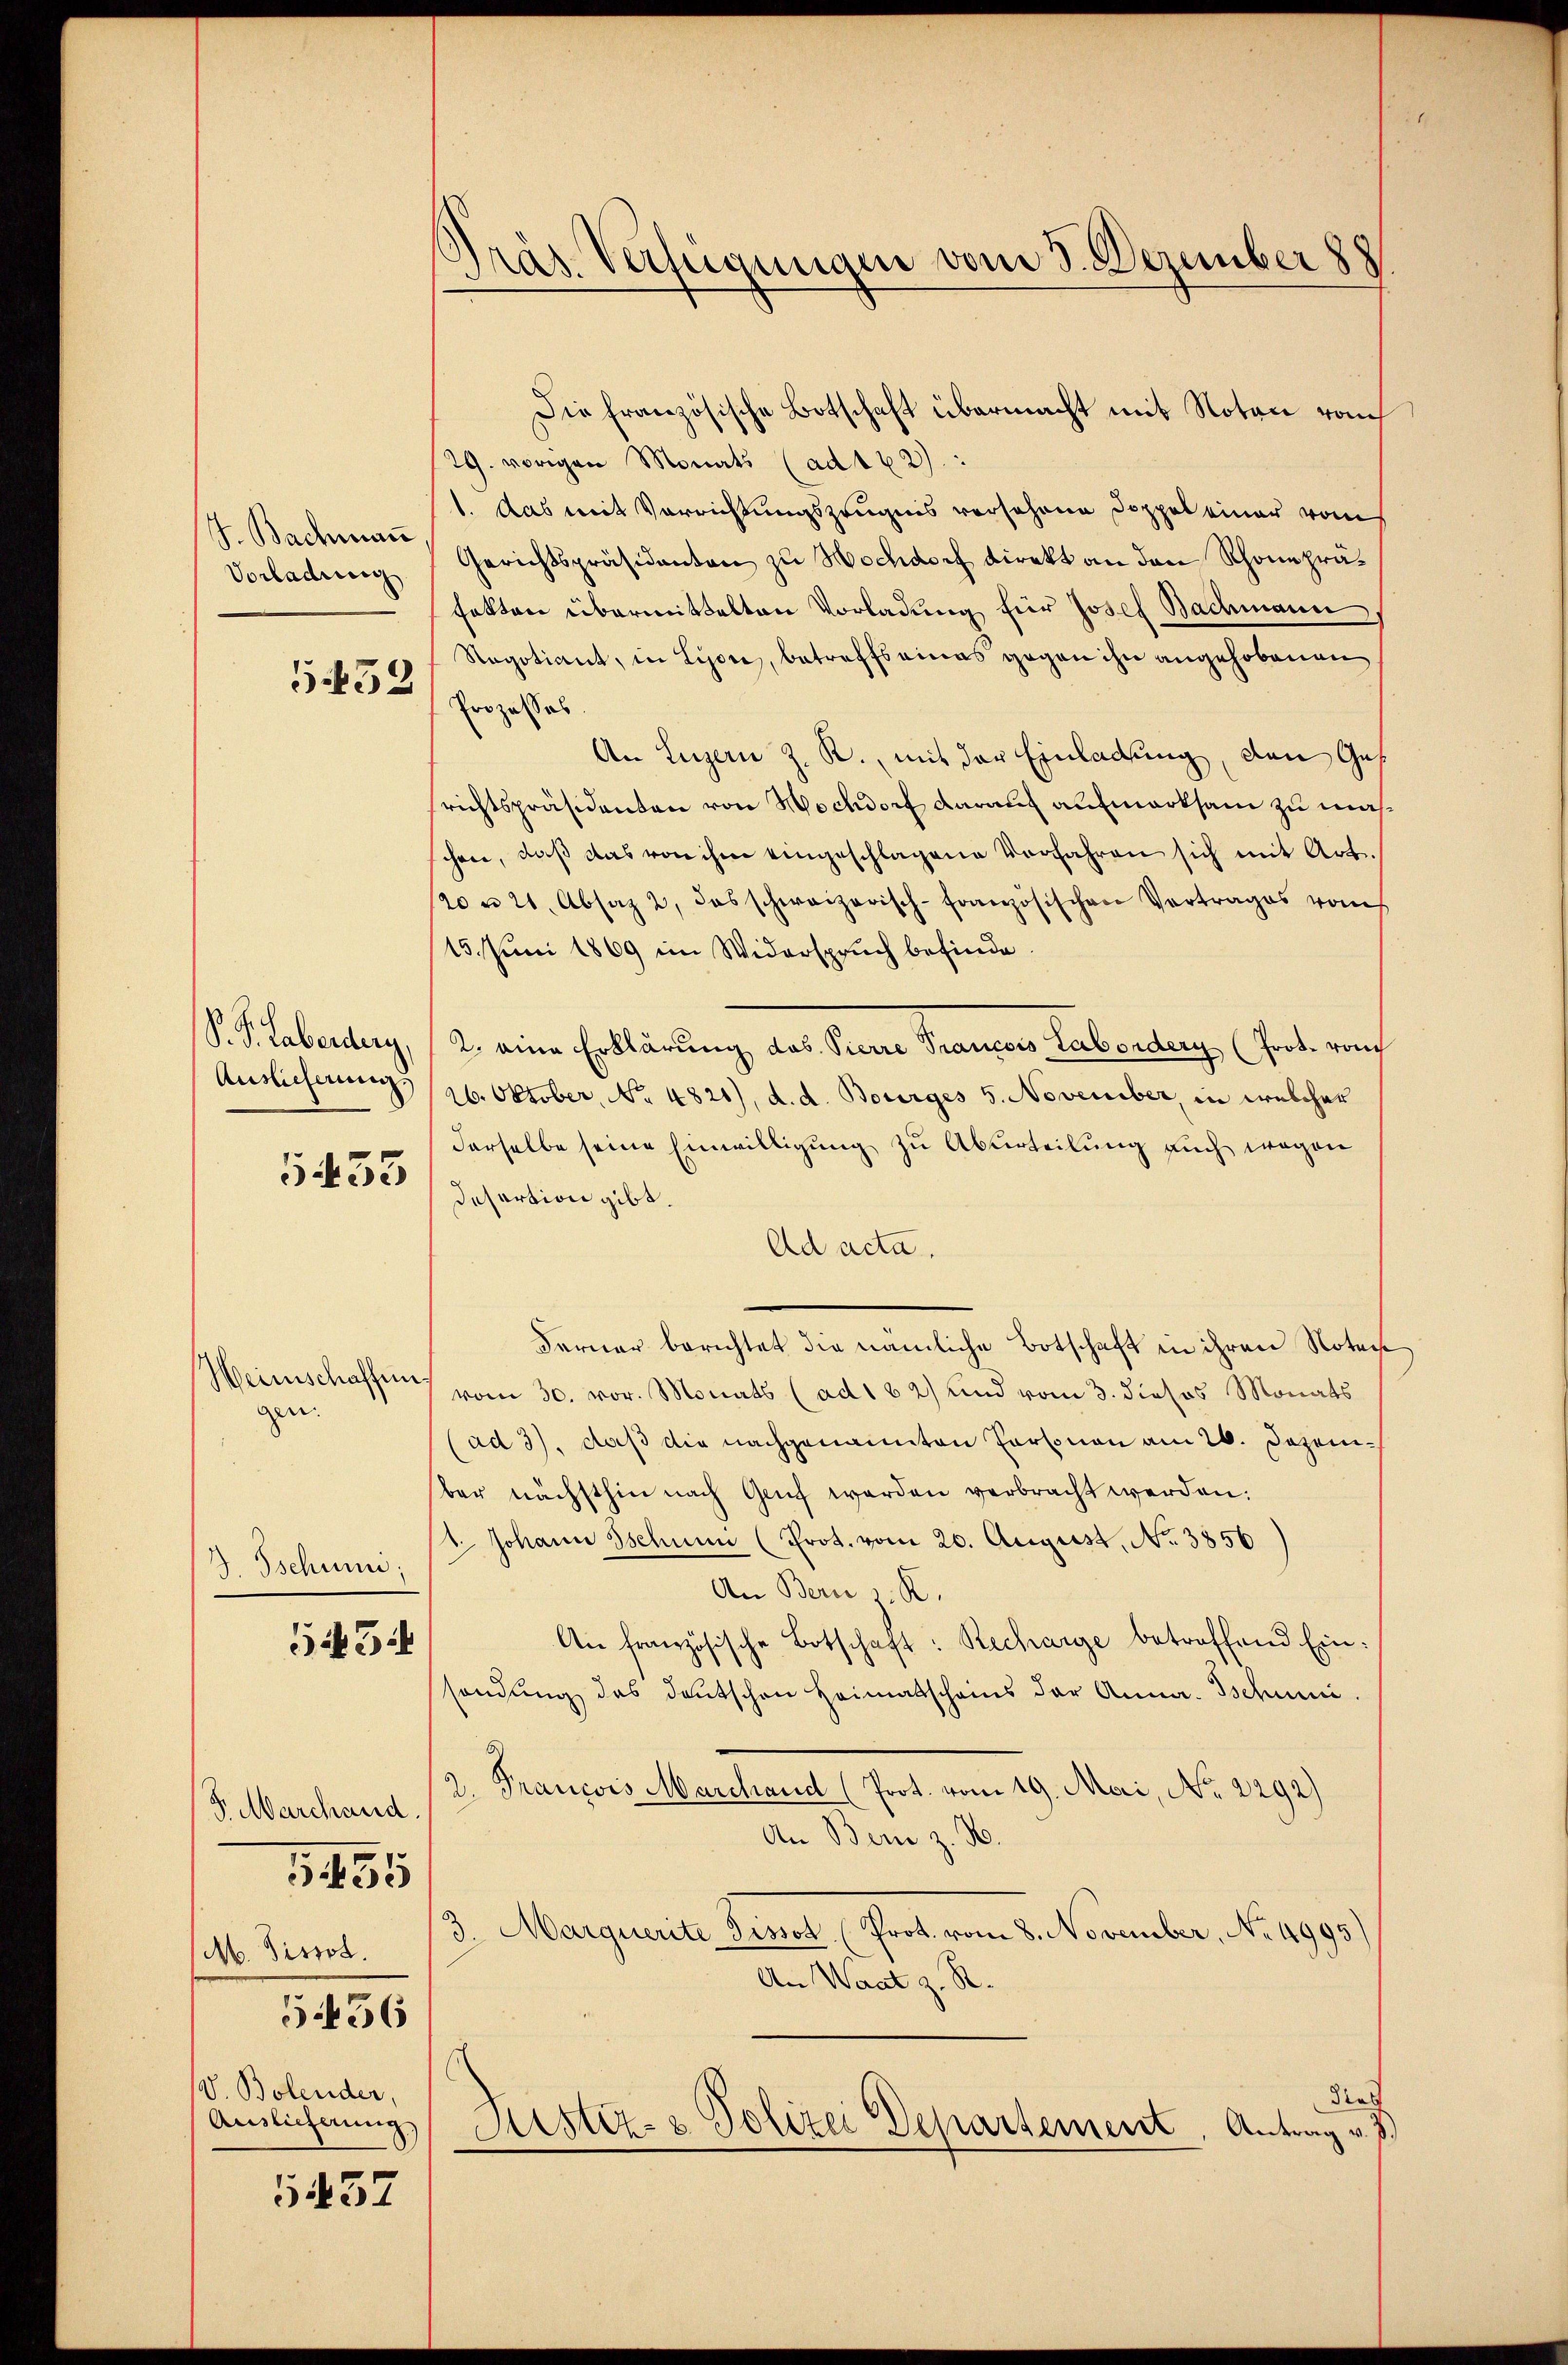
J. Bachman
Vorladung
5452

P. P. Laberberg,
Auslicherung,

5433

Weinschaffen
gen. |

J. Tschien,

543:

S. Marchand
M. Pissol.
5456
V. Bolender,
Auslieferung

3455

5437

Präs. Verfügungen vom 3. Dezember 188

29. vorigen Monats (ad 162):
1. Das mit Verrichtungszeugnis versehene Doppel einer vom
Gerichtspräsidanten zu Hochdorf direkt an den Schonepräfekten übermittelten Vorladung für Josef Bachmann
Regotiant, in Liore, betreffsainas gegen ihn angehobenen
Prozesses
An Luzern z. R., mit der Einladung, den Ges
richtspräsidenten von Hochdorf darauf aufmerksam zu maschen, daβ das von ihm eingeschlagene Verfahren sich mit Art.
20 n 21. Absaz 2, das schweizerisch-Französischen Vertrages vom
15. Juni 1869 im Widerspruch befinde.
2. eine Erklärung das Vierre Trancois Labordern (Prot. von
26. Oktober, No. 4821), d. d. Bourges 5. November, in welcher
derselbe seine Einwilligung zu Aburteilung auch wegen
Desartion gibt.
Ad acta.
Ferner berichtet die nämliche Botschaft in ihren Noter
7 vom 30. vor. Monats (ad1 32) und vom 3. dieses Monats
(ad 3), daß die nachgenannten Personen am 26. Dezember nächsthin nach Genf werden verbracht werden.
1. Johann Sschnen (Prot. vom 20. August, No 3856
An Bern z. R.
An französische Botschaft: Recharge betreffend Einsendung das deutschen Heimatscheins der Anna. Tschun
2. Francois Marchaud (Prot. vom 19. Mai, No. 2292)
An Bern z. B.
3
Marquerite Pissol. (Prot. vom 8. November, No. 4995)
An Waat z. R.
dies
Sistiz- & Polizei Departement, Antrag v. 3

Die französische Botschaft übermacht mit Noten vom